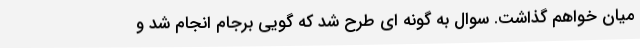
میان خواهم گذاشت. سوال به گونه ای طرح شد که گویی برجام انجام شد و